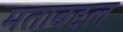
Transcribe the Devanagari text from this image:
मताबद्दल